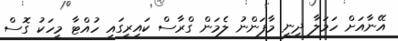
އޭނާއަށް ހަމަލާ ދިނީ މާފަންނު ލެމަން ގްރާސް ކައިރީގައި ހުއްޓާ މީހަކު ގޮސް